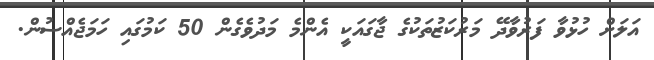
އަލަށް ހުޅުވާ ފަރުވާދޭ މަރުކަޒުތަކުގެ ޖާގައަކީ އެންމެ މަދުވެގެން 50 ކަމުގައި ހަމަޖެއްސުން.